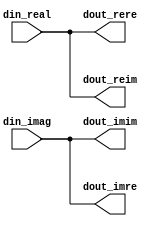
module twiddle64_0
#(
	parameter DATA_WIDTH = 14
)(
	input  wire signed [DATA_WIDTH-1:0] din_real,
	input  wire signed [DATA_WIDTH-1:0] din_imag,
	output wire signed [DATA_WIDTH-1:0] dout_rere,
	output wire signed [DATA_WIDTH-1:0] dout_imim,
	output wire signed [DATA_WIDTH-1:0] dout_reim,
	output wire signed [DATA_WIDTH-1:0] dout_imre
);

assign dout_rere = din_real;
assign dout_imim = din_imag;
assign dout_reim = din_real;
assign dout_imre = din_imag;

endmodule


module twiddle64_1
#(
	parameter DATA_WIDTH = 14
)(
	input  signed [DATA_WIDTH-1:0] din_real,
	input  signed [DATA_WIDTH-1:0] din_imag,
	output signed [DATA_WIDTH-1:0] dout_rere,
	output signed [DATA_WIDTH-1:0] dout_imim,
	output signed [DATA_WIDTH-1:0] dout_reim,
	output signed [DATA_WIDTH-1:0] dout_imre
);

wire signed [DATA_WIDTH:0] tmp0_rere;
wire signed [DATA_WIDTH:0] tmp1_rere;

wire signed [DATA_WIDTH:0] tmp0_imim;
wire signed [DATA_WIDTH:0] tmp1_imim;
wire signed [DATA_WIDTH:0] tmp2_imim;

wire signed [DATA_WIDTH:0] tmp0_imre;
wire signed [DATA_WIDTH:0] tmp1_imre;

wire signed [DATA_WIDTH:0] tmp0_reim;
wire signed [DATA_WIDTH:0] tmp1_reim;
wire signed [DATA_WIDTH:0] tmp2_reim;

assign tmp0_rere = din_real - (din_real >>> 4);
assign tmp1_rere = tmp0_rere - (tmp0_rere >>> 6);
assign dout_rere = tmp0_rere + (tmp1_rere >>> 4);

assign tmp0_imim = din_imag >>> 4;
assign tmp1_imim = tmp0_imim + (tmp0_imim >>> 2);
assign tmp2_imim = tmp1_imim + (tmp1_imim >>> 6);
assign dout_imim = tmp1_imim + (tmp2_imim >>> 2);

assign tmp0_imre = din_imag - (din_imag >>> 4);
assign tmp1_imre = tmp0_imre - (tmp0_imre >>> 6);
assign dout_imre = tmp0_imre + (tmp1_imre >>> 4);

assign tmp0_reim = din_real >>> 4;
assign tmp1_reim = tmp0_reim + (tmp0_reim >>> 2);
assign tmp2_reim = tmp1_reim + (tmp1_reim >>> 6);
assign dout_reim = tmp1_reim + (tmp2_reim >>> 2);

endmodule


module twiddle64_2
#(
	parameter DATA_WIDTH = 14
)(
	input  wire signed [DATA_WIDTH-1:0] din_real,
	input  wire signed [DATA_WIDTH-1:0] din_imag,
	output wire signed [DATA_WIDTH-1:0] dout_rere,
	output wire signed [DATA_WIDTH-1:0] dout_imim,
	output wire signed [DATA_WIDTH-1:0] dout_reim,
	output wire signed [DATA_WIDTH-1:0] dout_imre
);

wire signed [DATA_WIDTH:0] tmp0_rere;
wire signed [DATA_WIDTH:0] tmp1_rere;

wire signed [DATA_WIDTH:0] tmp0_imim;
wire signed [DATA_WIDTH:0] tmp1_imim;
wire signed [DATA_WIDTH:0] tmp2_imim;

wire signed [DATA_WIDTH:0] tmp0_imre;
wire signed [DATA_WIDTH:0] tmp1_imre;

wire signed [DATA_WIDTH:0] tmp0_reim;
wire signed [DATA_WIDTH:0] tmp1_reim;
wire signed [DATA_WIDTH:0] tmp2_reim;

assign tmp0_rere = din_real + (din_real >>> 2);
assign tmp1_rere = tmp0_rere - (tmp0_rere >>> 6);
assign dout_rere = din_real - (tmp1_rere >>> 6);

assign tmp0_imim = din_imag >>> 3;
assign tmp1_imim = tmp0_imim + (tmp0_imim >>> 4);
assign tmp2_imim = tmp1_imim - (tmp1_imim >>> 4);
assign dout_imim = tmp1_imim + (tmp2_imim >>> 1);

assign tmp0_imre = din_imag + (din_imag >>> 2);
assign tmp1_imre = tmp0_imre - (tmp0_imre >>> 6);
assign dout_imre = din_imag - (tmp1_imre >>> 6);

assign tmp0_reim = din_real >>> 3;
assign tmp1_reim = tmp0_reim + (tmp0_reim >>> 4);
assign tmp2_reim = tmp1_reim - (tmp1_reim >>> 4);
assign dout_reim = tmp1_reim + (tmp2_reim >>> 1);

endmodule


module twiddle64_3
#(
	parameter DATA_WIDTH = 14
)(
	input  wire signed [DATA_WIDTH-1:0] din_real,
	input  wire signed [DATA_WIDTH-1:0] din_imag,
	output wire signed [DATA_WIDTH-1:0] dout_rere,
	output wire signed [DATA_WIDTH-1:0] dout_imim,
	output wire signed [DATA_WIDTH-1:0] dout_reim,
	output wire signed [DATA_WIDTH-1:0] dout_imre
);

wire signed [DATA_WIDTH:0] tmp0_rere;
wire signed [DATA_WIDTH:0] tmp1_rere;

wire signed [DATA_WIDTH:0] tmp0_imim;
wire signed [DATA_WIDTH:0] tmp1_imim;
wire signed [DATA_WIDTH:0] tmp2_imim;
wire signed [DATA_WIDTH:0] tmp3_imim;

wire signed [DATA_WIDTH:0] tmp0_imre;
wire signed [DATA_WIDTH:0] tmp1_imre;

wire signed [DATA_WIDTH:0] tmp0_reim;
wire signed [DATA_WIDTH:0] tmp1_reim;
wire signed [DATA_WIDTH:0] tmp2_reim;
wire signed [DATA_WIDTH:0] tmp3_reim;

assign tmp0_rere = din_real - (din_real >>> 5);
assign tmp1_rere = tmp0_rere + (tmp0_rere >>> 8);
assign dout_rere = tmp1_rere - (din_real >>> 6);

assign tmp0_imim = din_imag >>> 2;
assign tmp1_imim = tmp0_imim - (tmp0_imim >>> 2);
assign tmp2_imim = tmp1_imim + (tmp1_imim >>> 5);
assign tmp3_imim = tmp1_imim - (tmp2_imim >>> 3);
assign dout_imim = tmp3_imim + (tmp0_imim >>> 1);

assign tmp0_imre = din_imag - (din_imag >>> 5);
assign tmp1_imre = tmp0_imre + (tmp0_imre >>> 8);
assign dout_imre = tmp1_imre - (din_imag >>> 6);

assign tmp0_reim = din_real >>> 2;
assign tmp1_reim = tmp0_reim - (tmp0_reim >>> 2);
assign tmp2_reim = tmp1_reim + (tmp1_reim >>> 5);
assign tmp3_reim = tmp1_reim - (tmp2_reim >>> 3);
assign dout_reim = tmp3_reim + (tmp0_reim >>> 1);

endmodule


module twiddle64_4
#(
	parameter DATA_WIDTH = 14
)(
	input  wire signed [DATA_WIDTH-1:0] din_real,
	input  wire signed [DATA_WIDTH-1:0] din_imag,
	output wire signed [DATA_WIDTH-1:0] dout_rere,
	output wire signed [DATA_WIDTH-1:0] dout_imim,
	output wire signed [DATA_WIDTH-1:0] dout_reim,
	output wire signed [DATA_WIDTH-1:0] dout_imre
);

wire signed [DATA_WIDTH:0] tmp0_rere;
wire signed [DATA_WIDTH:0] tmp1_rere;

wire signed [DATA_WIDTH:0] tmp0_imim;
wire signed [DATA_WIDTH:0] tmp1_imim;
wire signed [DATA_WIDTH:0] tmp2_imim;

wire signed [DATA_WIDTH:0] tmp0_imre;
wire signed [DATA_WIDTH:0] tmp1_imre;

wire signed [DATA_WIDTH:0] tmp0_reim;
wire signed [DATA_WIDTH:0] tmp1_reim;
wire signed [DATA_WIDTH:0] tmp2_reim;

assign tmp0_rere = din_real - (din_real >>> 3);
assign tmp1_rere = din_real + (tmp0_rere >>> 2);
assign dout_rere = din_real - (tmp1_rere >>> 4);

assign tmp0_imim = din_imag >>> 2;
assign tmp1_imim = tmp0_imim + (tmp0_imim >>> 1);
assign tmp2_imim = tmp0_imim - (tmp0_imim >>> 7);
assign dout_imim = tmp1_imim + (tmp2_imim >>> 5);

assign tmp0_imre = din_imag - (din_imag >>> 3);
assign tmp1_imre = din_imag + (tmp0_imre >>> 2);
assign dout_imre = din_imag - (tmp1_imre >>> 4);

assign tmp0_reim = din_real >>> 2;
assign tmp1_reim = tmp0_reim + (tmp0_reim >>> 1);
assign tmp2_reim = tmp0_reim - (tmp0_reim >>> 7);
assign dout_reim = tmp1_reim + (tmp2_reim >>> 5);

endmodule


module twiddle64_5
#(
	parameter DATA_WIDTH = 14
)(
	input  wire signed [DATA_WIDTH-1:0] din_real,
	input  wire signed [DATA_WIDTH-1:0] din_imag,
	output wire signed [DATA_WIDTH-1:0] dout_rere,
	output wire signed [DATA_WIDTH-1:0] dout_imim,
	output wire signed [DATA_WIDTH-1:0] dout_reim,
	output wire signed [DATA_WIDTH-1:0] dout_imre
);

wire signed [DATA_WIDTH:0] tmp0_rere;
wire signed [DATA_WIDTH:0] tmp1_rere;

wire signed [DATA_WIDTH:0] tmp0_imim;
wire signed [DATA_WIDTH:0] tmp1_imim;
wire signed [DATA_WIDTH:0] tmp2_imim;
wire signed [DATA_WIDTH:0] tmp3_imim;

wire signed [DATA_WIDTH:0] tmp0_imre;
wire signed [DATA_WIDTH:0] tmp1_imre;

wire signed [DATA_WIDTH:0] tmp0_reim;
wire signed [DATA_WIDTH:0] tmp1_reim;
wire signed [DATA_WIDTH:0] tmp2_reim;
wire signed [DATA_WIDTH:0] tmp3_reim;

assign tmp0_rere = din_real + (din_real >>> 7);
assign tmp1_rere = tmp0_rere + (tmp0_rere >>> 4);
assign dout_rere = din_real - (tmp1_rere >>> 3);

assign tmp0_imim = din_imag >>> 1;
assign tmp1_imim = tmp0_imim + (tmp0_imim >>> 2);
assign tmp2_imim = tmp1_imim + (tmp1_imim >>> 3);
assign tmp3_imim = (tmp2_imim >>> 6) - tmp1_imim;
assign dout_imim = (tmp3_imim >>> 2) + tmp1_imim;

assign tmp0_imre = din_imag + (din_imag >>> 7);
assign tmp1_imre = tmp0_imre + (tmp0_imre >>> 4);
assign dout_imre = din_imag - (tmp1_imre >>> 3);

assign tmp0_reim = din_real >>> 1;
assign tmp1_reim = tmp0_reim + (tmp0_reim >>> 2);
assign tmp2_reim = tmp1_reim + (tmp1_reim >>> 3);
assign tmp3_reim = (tmp2_reim >>> 6) - tmp1_reim;
assign dout_reim = (tmp3_reim >>> 2) + tmp1_reim;

endmodule


module twiddle64_6
#(
	parameter DATA_WIDTH = 14
)(
	input  wire signed [DATA_WIDTH-1:0] din_real,
	input  wire signed [DATA_WIDTH-1:0] din_imag,
	output wire signed [DATA_WIDTH-1:0] dout_rere,
	output wire signed [DATA_WIDTH-1:0] dout_imim,
	output wire signed [DATA_WIDTH-1:0] dout_reim,
	output wire signed [DATA_WIDTH-1:0] dout_imre
);

wire signed [DATA_WIDTH:0] tmp0_rere;
wire signed [DATA_WIDTH:0] tmp1_rere;
wire signed [DATA_WIDTH:0] tmp2_rere;

wire signed [DATA_WIDTH:0] tmp0_imim;
wire signed [DATA_WIDTH:0] tmp1_imim;
wire signed [DATA_WIDTH:0] tmp2_imim;

wire signed [DATA_WIDTH:0] tmp0_imre;
wire signed [DATA_WIDTH:0] tmp1_imre;
wire signed [DATA_WIDTH:0] tmp2_imre;

wire signed [DATA_WIDTH:0] tmp0_reim;
wire signed [DATA_WIDTH:0] tmp1_reim;
wire signed [DATA_WIDTH:0] tmp2_reim;

assign tmp0_rere = din_real + (din_real >>> 2);
assign tmp1_rere = tmp0_rere - (tmp0_rere >>> 5);
assign tmp2_rere = tmp0_rere + (tmp1_rere >>> 4);
assign dout_rere = (din_real >>> 1) + (tmp2_rere >>> 2);

assign tmp0_imim = din_imag >>> 1;
assign tmp1_imim = tmp0_imim + (tmp0_imim >>> 6);
assign tmp2_imim = tmp1_imim - (tmp1_imim >>> 3);
assign dout_imim = tmp0_imim + (tmp2_imim >>> 3);

assign tmp0_imre = din_imag + (din_imag >>> 2);
assign tmp1_imre = tmp0_imre - (tmp0_imre >>> 5);
assign tmp2_imre = tmp0_imre + (tmp1_imre >>> 4);
assign dout_imre = (din_imag >>> 1) + (tmp2_imre >>> 2);

assign tmp0_reim = din_real >>> 1;
assign tmp1_reim = tmp0_reim + (tmp0_reim >>> 6);
assign tmp2_reim = tmp1_reim - (tmp1_reim >>> 3);
assign dout_reim = tmp0_reim + (tmp2_reim >>> 3);

endmodule


module twiddle64_7
#(
	parameter DATA_WIDTH = 14
)(
	input  wire signed [DATA_WIDTH-1:0] din_real,
	input  wire signed [DATA_WIDTH-1:0] din_imag,
	output wire signed [DATA_WIDTH-1:0] dout_rere,
	output wire signed [DATA_WIDTH-1:0] dout_imim,
	output wire signed [DATA_WIDTH-1:0] dout_reim,
	output wire signed [DATA_WIDTH-1:0] dout_imre
);

wire signed [DATA_WIDTH:0] tmp0_rere;
wire signed [DATA_WIDTH:0] tmp1_rere;

wire signed [DATA_WIDTH:0] tmp0_imim;
wire signed [DATA_WIDTH:0] tmp1_imim;
wire signed [DATA_WIDTH:0] tmp2_imim;

wire signed [DATA_WIDTH:0] tmp0_imre;
wire signed [DATA_WIDTH:0] tmp1_imre;

wire signed [DATA_WIDTH:0] tmp0_reim;
wire signed [DATA_WIDTH:0] tmp1_reim;
wire signed [DATA_WIDTH:0] tmp2_reim;

assign tmp0_rere = din_real - (din_real >>> 5);
assign tmp1_rere = tmp0_rere - (tmp0_rere >>> 4);
assign dout_rere = din_real - (tmp1_rere >>> 2);

assign tmp0_imim = din_imag + (din_imag >>> 4);
assign tmp1_imim = din_imag + (tmp0_imim >>> 7);
assign tmp2_imim = tmp1_imim + (tmp1_imim >>> 3);
assign dout_imim = tmp2_imim - (din_imag >>> 1);

assign tmp0_imre = din_imag - (din_imag >>> 5);
assign tmp1_imre = tmp0_imre - (tmp0_imre >>> 4);
assign dout_imre = din_imag - (tmp1_imre >>> 2);

assign tmp0_reim = din_real + (din_real >>> 4);
assign tmp1_reim = din_real + (tmp0_reim >>> 7);
assign tmp2_reim = tmp1_reim + (tmp1_reim >>> 3);
assign dout_reim = tmp2_reim - (din_real >>> 1);

endmodule


module twiddle64_8
#(
	parameter DATA_WIDTH = 14
)(
	input  wire signed [DATA_WIDTH-1:0] din_real,
	input  wire signed [DATA_WIDTH-1:0] din_imag,
	output wire signed [DATA_WIDTH-1:0] dout_rere,
	output wire signed [DATA_WIDTH-1:0] dout_imim,
	output wire signed [DATA_WIDTH-1:0] dout_reim,
	output wire signed [DATA_WIDTH-1:0] dout_imre
);

wire signed [DATA_WIDTH:0] tmp0_rere;
wire signed [DATA_WIDTH:0] tmp1_rere;

wire signed [DATA_WIDTH:0] tmp0_imim;
wire signed [DATA_WIDTH:0] tmp1_imim;

wire signed [DATA_WIDTH:0] tmp0_imre;
wire signed [DATA_WIDTH:0] tmp1_imre;

wire signed [DATA_WIDTH:0] tmp0_reim;
wire signed [DATA_WIDTH:0] tmp1_reim;

assign tmp0_rere = din_real - (din_real >>> 4);
assign tmp1_rere = tmp0_rere + (tmp0_rere >>> 2);
assign dout_rere = din_real - (tmp1_rere >>> 2);

assign tmp0_imim = din_imag - (din_imag >>> 4);
assign tmp1_imim = tmp0_imim + (tmp0_imim >>> 2);
assign dout_imim = din_imag - (tmp1_imim >>> 2);

assign tmp0_imre = din_imag - (din_imag >>> 4);
assign tmp1_imre = tmp0_imre + (tmp0_imre >>> 2);
assign dout_imre = din_imag - (tmp1_imre >>> 2);

assign tmp0_reim = din_real - (din_real >>> 4);
assign tmp1_reim = tmp0_reim + (tmp0_reim >>> 2);
assign dout_reim = din_real - (tmp1_reim >>> 2);

endmodule